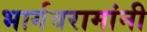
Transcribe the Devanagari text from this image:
भार्गवरामांनी